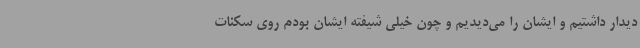
دیدار داشتیم و ایشان را می‌دیدیم و چون خیلی شیفته ایشان بودم روی سکنات